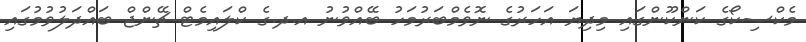
މެކްސިކޯގެ ކަންކޫންގައި މިދިޔަ އަހަރުގެ ނޮވެމްބަރުމަހު ބޭއްވުނު އ.ދ.ގެ ކްލައިމެޓް ޗޭންޖް ބައްދަލުވުމުގައި